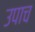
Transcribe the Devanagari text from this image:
उपाच